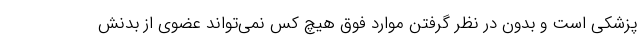
پزشکی است و بدون در نظر گرفتن موارد فوق هیچ کس نمی‌تواند عضوی از بدنش